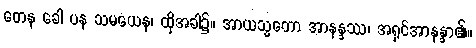
တေန ခေါ ပန သမယေန၊ ထိုအခါ၌။ အာယသ္မတော အာနန္ဒဿ၊ အရှင်အာနန္ဒာ၏။